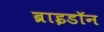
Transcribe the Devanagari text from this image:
ब्राइडॉन